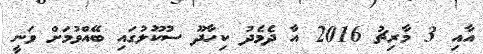
އާއި 3 މާރިޗު 2016 އާ ދެމެދު ކިހާދޫ ސުކޫލުގައި ބޭއްވުމަށް ވަނީ